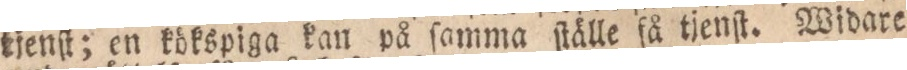
tjenſt; en kökspiga kan på ſamma ſtälle få tjenſt. Widare